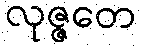
လုဇ္ဇတေ